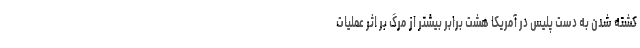
کشته شدن به دست پلیس در آمریکا هشت برابر بیشتر از مرگ بر اثر عملیات